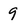
Character: 9